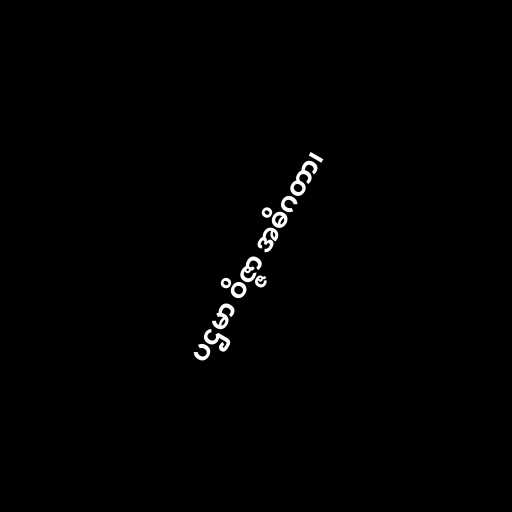
ပဌမာ ဝိဇ္ဇာ အဓိဂတာ၊